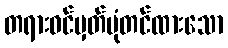
တရားဝင်မှတ်ပုံတင်ထားသော